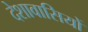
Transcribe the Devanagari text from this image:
देशावासियों